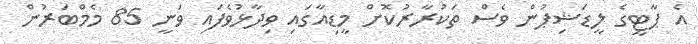
އެ ޕާޓީގެ ލީޑަޝިޕުން ވެސް ތަކުރާރުކޮށް މީޑިއާގައި ވިދާޅުވެފައި ވަނީ 85 މެމްބަރުން